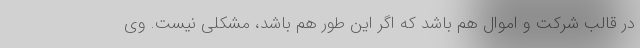
در قالب شرکت و اموال هم باشد که اگر این طور هم باشد، مشکلی نیست. وی